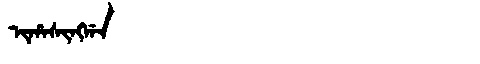
Manchu: ᡳᡥᠠᠰᡳᠩᡤᠠ
Romanization: IHASINGGA